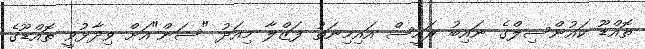
ތޮއްޑޫ ކައުންސިލްގެ ނައިބު ރައީސް އައިމިނަތު ފަޒްލާ މިއަދު "ސަން"އަށް ވިދާޅުވީ ތޮއްޑޫގެ